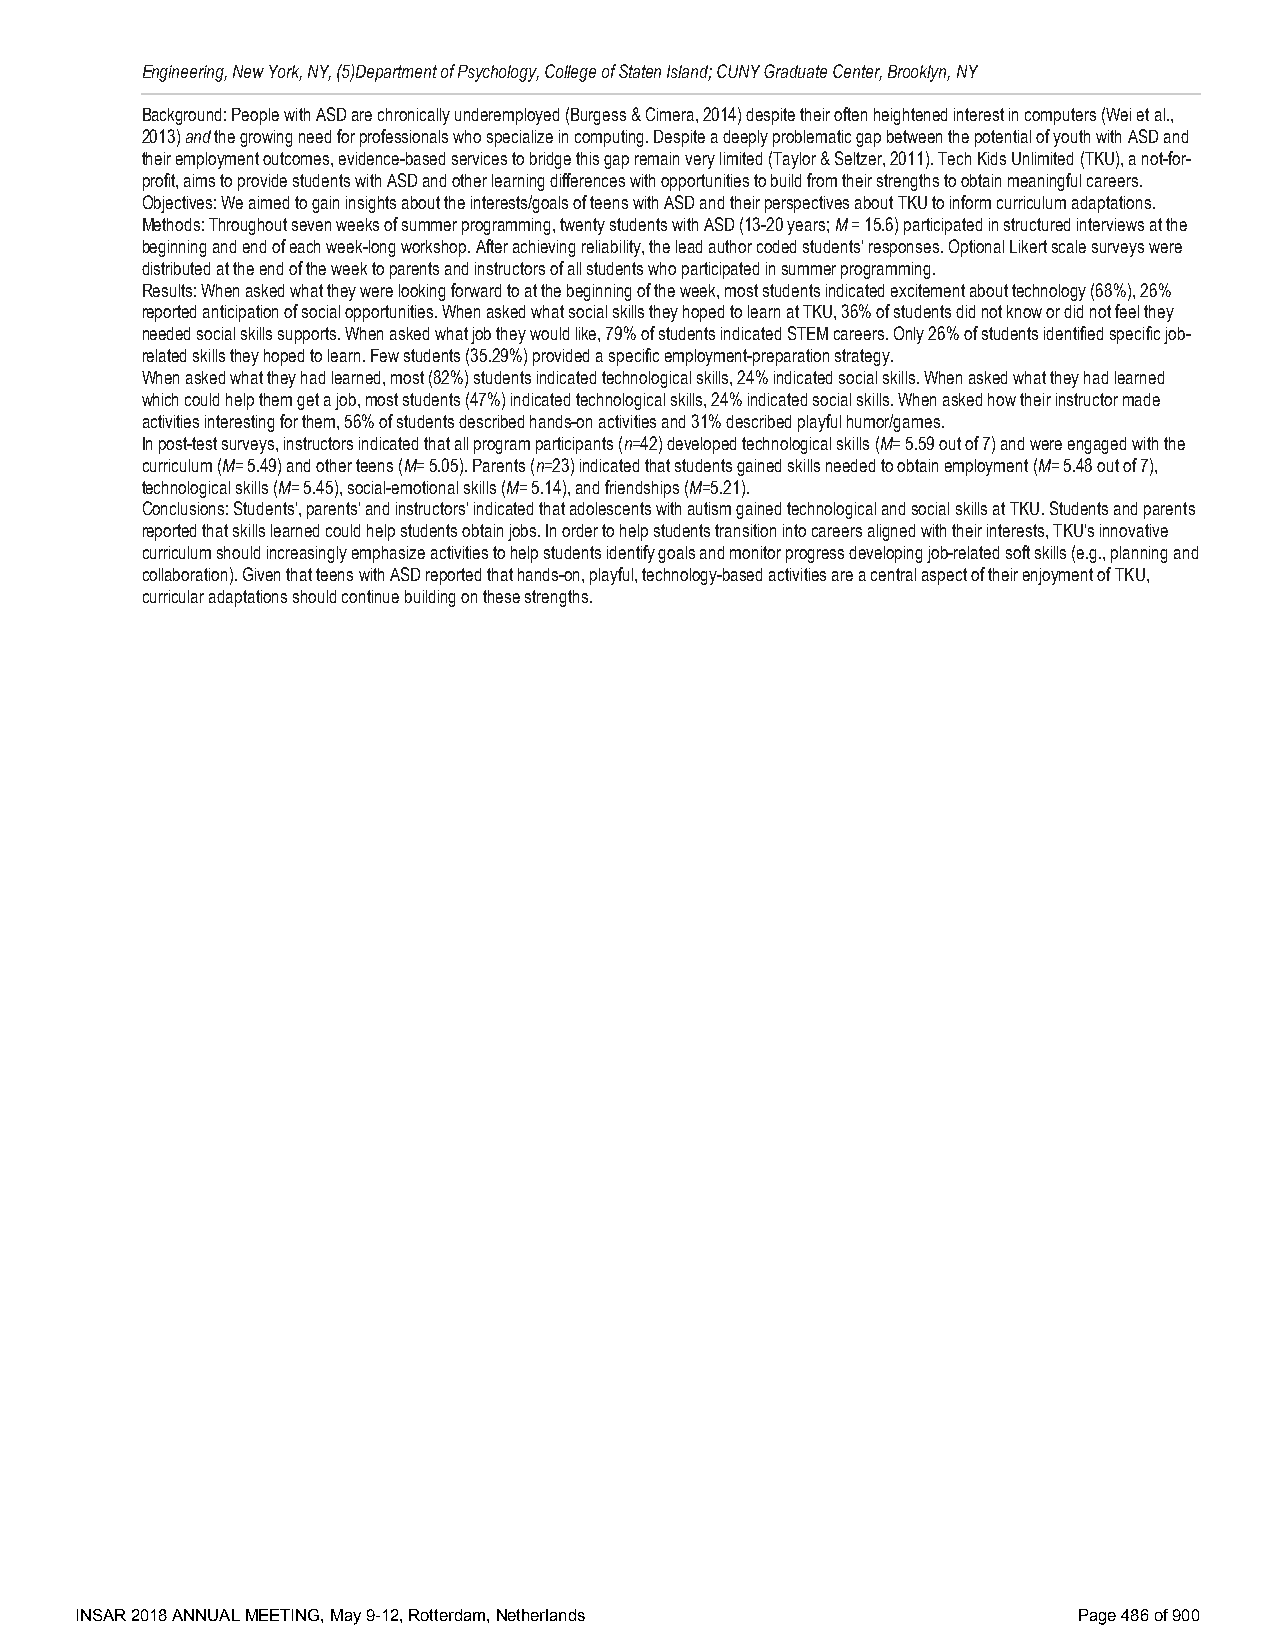
Engineering, New York, NY, (5)Department of Psychology, College of Staten Island; CUNY Graduate Center, Brooklyn, NY
 Background: People with ASD are chronically underemployed (Burgess & Cimera, 2014) despite their often heightened interest in computers (Wei et al.,
 2013) and the growing need for professionals who specialize in computing. Despite a deeply problematic gap between the potential of youth with ASD and
 their employment outcomes, evidence-based services to bridge this gap remain very limited (Taylor & Seltzer, 2011). Tech Kids Unlimited (TKU), a not-for-
 profit, aims to provide students with ASD and other learning differences with opportunities to build from their strengths to obtain meaningful careers.
 Objectives: We aimed to gain insights about the interests/goals of teens with ASD and their perspectives about TKU to inform curriculum adaptations.
 Methods: Throughout seven weeks of summer programming, twenty students with ASD (13-20 years; M = 15.6) participated in structured interviews at the
 beginning and end of each week-long workshop. After achieving reliability, the lead author coded students’ responses. Optional Likert scale surveys were
 distributed at the end of the week to parents and instructors of all students who participated in summer programming.
 Results: When asked what they were looking forward to at the beginning of the week, most students indicated excitement about technology (68%), 26%
 reported anticipation of social opportunities. When asked what social skills they hoped to learn at TKU, 36% of students did not know or did not feel they
 needed social skills supports. When asked what job they would like, 79% of students indicated STEM careers. Only 26% of students identified specific job-
 related skills they hoped to learn. Few students (35.29%) provided a specific employment-preparation strategy.
 When asked what they had learned, most (82%) students indicated technological skills, 24% indicated social skills. When asked what they had learned
 which could help them get a job, most students (47%) indicated technological skills, 24% indicated social skills. When asked how their instructor made
 activities interesting for them, 56% of students described hands-on activities and 31% described playful humor/games.
 In post-test surveys, instructors indicated that all program participants (n=42) developed technological skills (M= 5.59 out of 7) and were engaged with the
 curriculum (M= 5.49) and other teens (M= 5.05). Parents (n=23) indicated that students gained skills needed to obtain employment (M= 5.48 out of 7),
 technological skills (M= 5.45), social-emotional skills (M= 5.14), and friendships (M=5.21).
 Conclusions: Students’, parents’ and instructors’ indicated that adolescents with autism gained technological and social skills at TKU. Students and parents
 reported that skills learned could help students obtain jobs. In order to help students transition into careers aligned with their interests, TKU’s innovative
 curriculum should increasingly emphasize activities to help students identify goals and monitor progress developing job-related soft skills (e.g., planning and
 collaboration). Given that teens with ASD reported that hands-on, playful, technology-based activities are a central aspect of their enjoyment of TKU,
 curricular adaptations should continue building on these strengths.
 INSAR 2018 ANNUAL MEETING, May 9-12, Rotterdam, Netherlands       Page 486 of 900